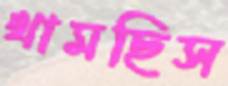
থামছিস